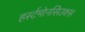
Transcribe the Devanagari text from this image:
हर्स्टमोनसिउक्स